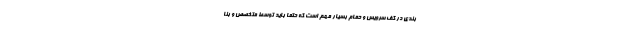
بندی در کف سرویس و حمام بسیار مهم است که حتما باید توسط متخصص و بنا